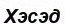
Хэсэд